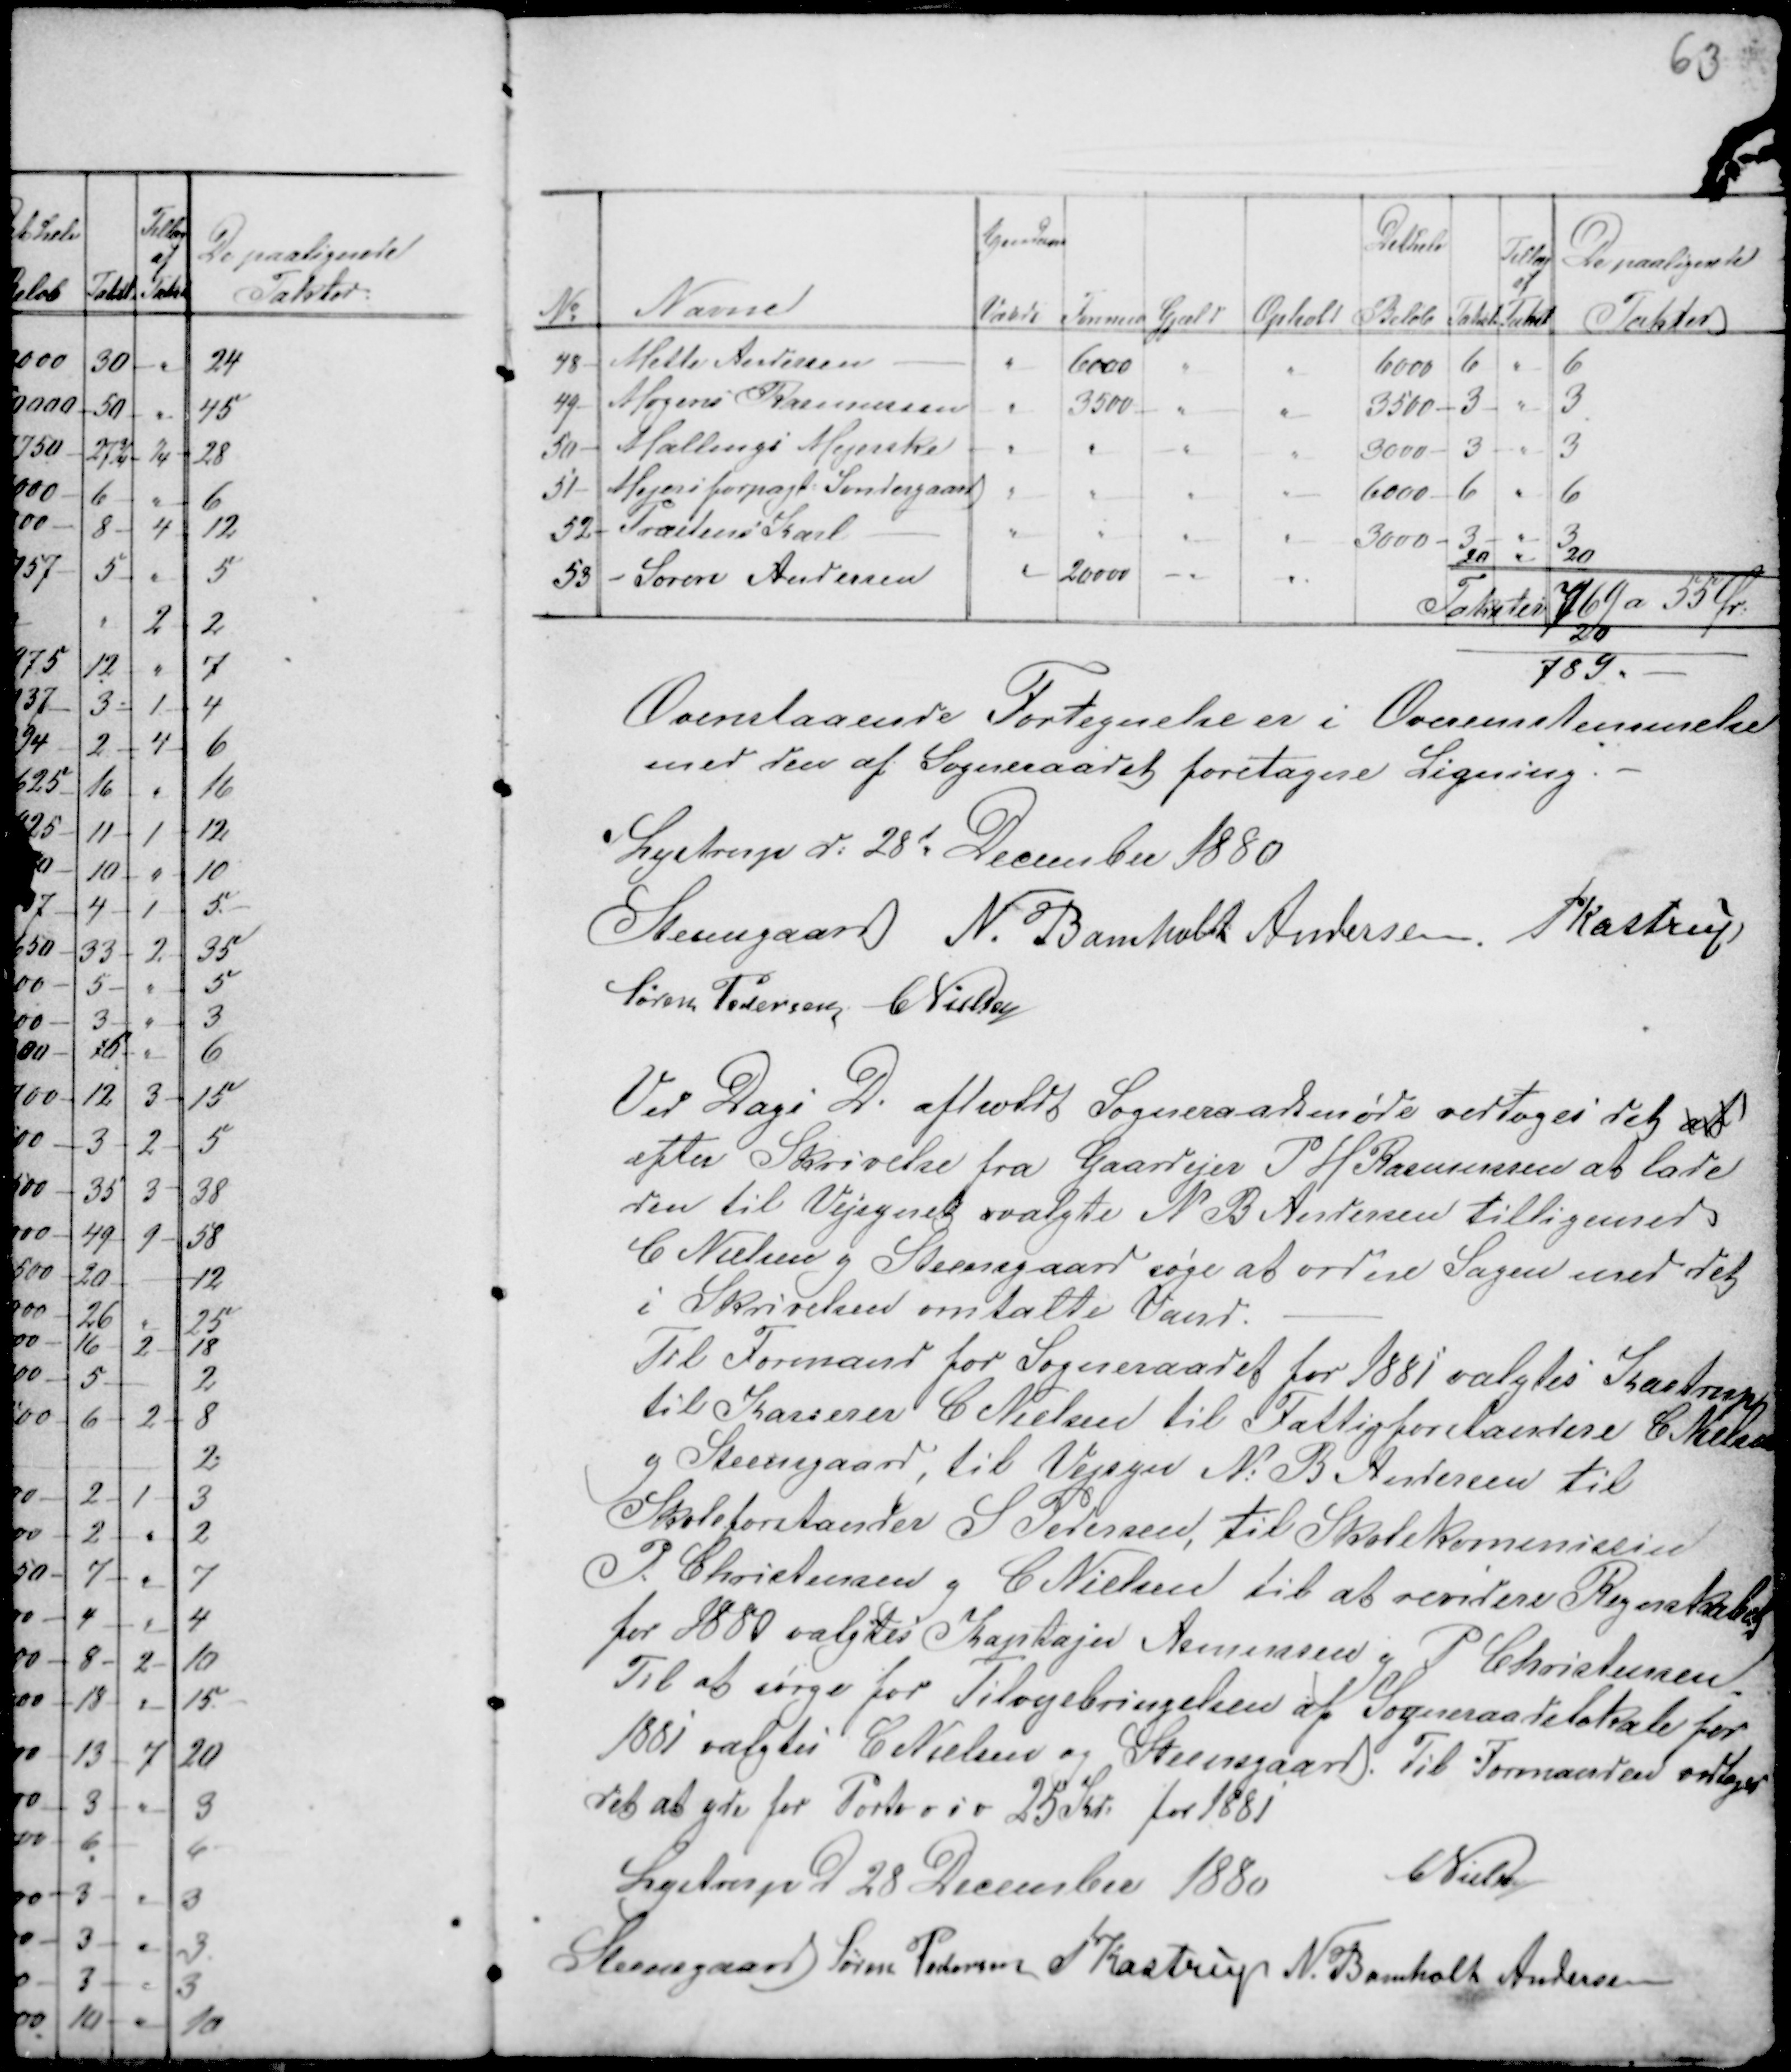
Transskription:
63

Takster 769 a 55 Ør.
20
789

Ovenstaaende Fortegnelse er i Overensstemmelse
med den af Sogneraadet foretagne Ligning -
Lystrup d: 28d December 1880
Steensgaard N. Bomholt Andersen. PKastrup
Søren Pedersen CNielsen

Ved Dags D. afholdt Sogneraadsmøde vedtoges det at
efter Skrivelse fra Gaardejer P H Rasmussen at lade
den til Vejsynet valgte N B Andersen tilligemed
C Nielsen g Steensgaard søge at ordne Sagen med det
i Skrivelsen omtalte Vand. -
Til Formand for Sogneraadet for 1881 valgtes Kastrup
til Kasserer C Nielsen til Fattigforstandere C Nielsen
g Steensgaard, til Vejsyn N: B Andersen til
Skoleforstander S Pedersen, til Skolekommissin
P: Christensen g C Nielsen til at revidere Regnskabet
for 1880 valgtes Kaptajn Asmussen g P Christensen.
Til at sørge for Tilvejebringelsen af Sogneraadslokale for
1881 valgtes C Nielsen og Steensgaard. Til Formanden vedtoges
det at yde for Porto osv 25 Kr: for 1881
Lystrup d 28 December 1880
CNielsen
Steensgaard Søren Pedersen PKastrup N. Bomholt Andersen